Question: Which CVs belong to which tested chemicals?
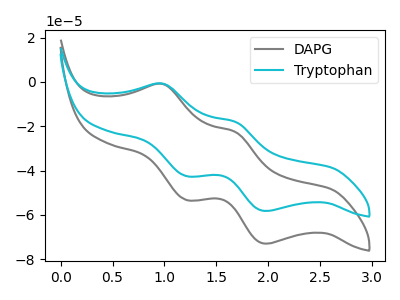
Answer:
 <answer>The gray curve is labeled "DAPG". The cyan curve is labeled "Tryptophan".</answer>
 <eval></eval>